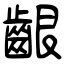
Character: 齦